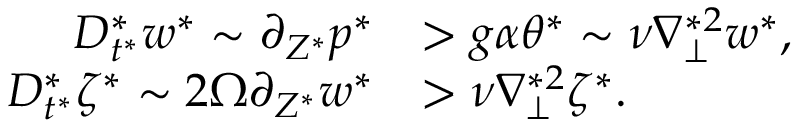
\begin{array} { r l } { D _ { t ^ { * } } ^ { * } w ^ { * } \sim \partial _ { Z ^ { * } } p ^ { * } } & { > g \alpha \theta ^ { * } \sim \nu \nabla _ { \perp } ^ { * 2 } w ^ { * } , } \\ { D _ { t ^ { * } } ^ { * } \zeta ^ { * } \sim 2 \Omega \partial _ { Z ^ { * } } w ^ { * } } & { > \nu \nabla _ { \perp } ^ { * 2 } \zeta ^ { * } . } \end{array}